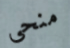
منحى